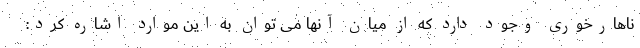
ناهارخوری وجود دارد که از میان آنها می توان به این موارد اشاره کرد: